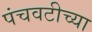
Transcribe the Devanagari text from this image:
पंचवटीच्या